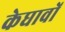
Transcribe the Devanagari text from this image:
केघावों